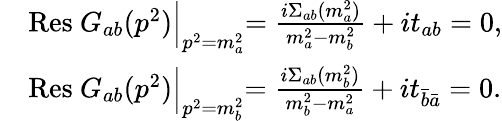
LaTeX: \begin{array}{rl}&{\mathrm{Res}\ G_{ab}(p^{2})\Bigl|_{p^{2}=m_{a}^{2}}=\frac{i\Sigma_{ab}(m_{a}^{2})}{m_{a}^{2}-m_{b}^{2}}+it_{ab}=0,}\\ &{\mathrm{Res}\ G_{ab}(p^{2})\Bigl|_{p^{2}=m_{b}^{2}}=\frac{i\Sigma_{ab}(m_{b}^{2})}{m_{b}^{2}-m_{a}^{2}}+it_{\bar{b}\bar{a}}=0.}\end{array}